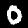
Label: 0